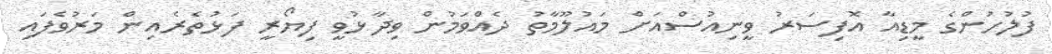
ފުލުހުންގެ މީޑިއާ އޮފިސަރު ވީނިއުސްއަށް މައުލޫމާތު ދެއްވަމުން ވިދާޅުވީ ފިޔޯރީ ފަޅުތެރެއިން މަރުވެފައި